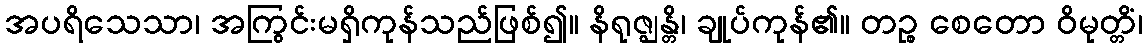
အပရိသေသာ၊ အကြွင်းမရှိကုန်သည်ဖြစ်၍။ နိရုဇ္ဈန္တိ၊ ချုပ်ကုန်၏။ တဉ္စ စေတော ဝိမုတ္တိံ၊